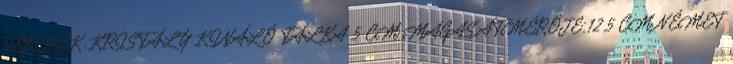
TERMÉK. KRISTÁLY KINÁLÓ TÁLKA 5 CM MAGAS,ÁTMÉRÖJE:12.5 CM NÉMET